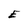
Character: E